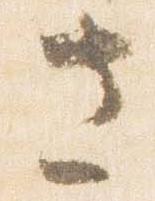
さ